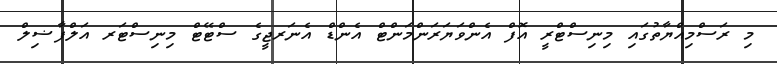
މި ރަސްމިއްޔާތުގައި މިނިސްޓްރީ އޮފް އެންވަޔަރަންމަންޓް އެންޑް އެނަރޖީގެ ސްޓޭޓް މިނިސްޓަރ އަލްފާޟިލް